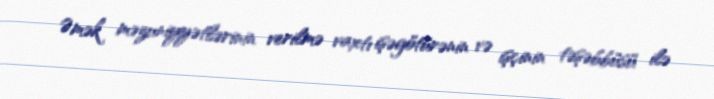
Əmək məzuniyyətlərinin verilmə vaxtı işəgötürənin və işçinin təşəbbüsü ilə